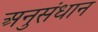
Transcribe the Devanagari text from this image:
अनुसंधान